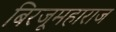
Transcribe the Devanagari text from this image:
बिरजूमहाराज